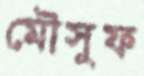
মৌসুফ